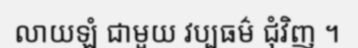
លាយឡំ ជាមួយ វប្បធម៌ ជុំវិញ ។